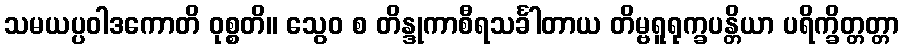
သမယပ္ပဝါဒကောတိ ဝုစ္စတိ။ သွေဝ စ တိန္ဒုကာစီရသင်္ခါတာယ တိမ္ဗရူရုက္ခပန္တိယာ ပရိက္ခိတ္တတ္တာ